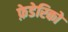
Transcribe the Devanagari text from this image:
फ़ेडेरिको